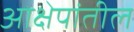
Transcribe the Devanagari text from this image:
आक्षेपांतील